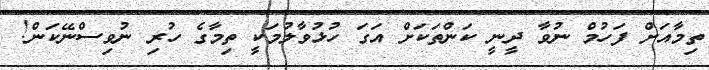
ތިމާއަށް ފަހުމް ނުވާ ދީނީ ކަންތަކަށް އަގަ ހުޅުވާލުމަކީ ތިމާގެ ހުރި ނުވިސްނޭކަން!